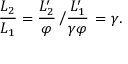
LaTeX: { \frac { L _ { 2 } } { L _ { 1 } } } = { \frac { L _ { 2 } ^ { \prime } } { \varphi } } \left/ { \frac { L _ { 1 } ^ { \prime } } { \gamma \varphi } } \right. = \gamma .